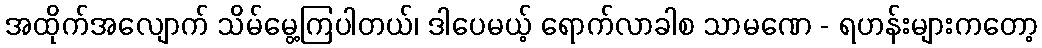
အထိုက်အလျောက် သိမ်မွေ့ကြပါတယ်၊ ဒါပေမယ့် ရောက်လာခါစ သာမဏေ - ရဟန်းများကတော့